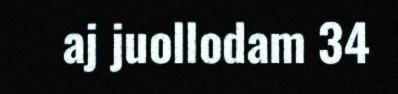
aj juollodam 34